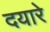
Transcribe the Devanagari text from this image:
दयारे